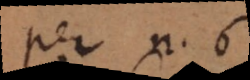
per n. 6.